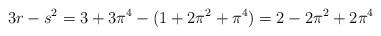
LaTeX: \begin{align*} 3r-s^2 = 3+3\pi^4 - (1+2\pi^2 + \pi^4) = 2-2\pi^2 + 2\pi^4 \end{align*}